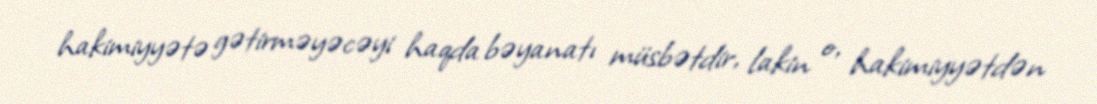
hakimiyyətə gətirməyəcəyi haqda bəyanatı müsbətdir, lakin o, hakimiyyətdən